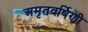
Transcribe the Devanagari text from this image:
अमृतवर्षिणी